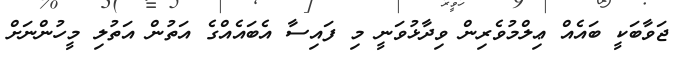
ޖަވާބަކީ ބައެއް ޢިލްމުވެރިން ވިދާޅުވަނީ މި ފައިސާ އެބައެއްގެ އަތުން އަތުލި މީހުންނަށް